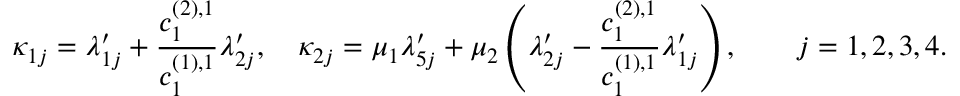
\kappa _ { 1 j } = \lambda _ { 1 j } ^ { \prime } + \frac { c _ { 1 } ^ { ( 2 ) , 1 } } { c _ { 1 } ^ { ( 1 ) , 1 } } \lambda _ { 2 j } ^ { \prime } , \quad \kappa _ { 2 j } = \mu _ { 1 } \lambda _ { 5 j } ^ { \prime } + \mu _ { 2 } \left( \lambda _ { 2 j } ^ { \prime } - \frac { c _ { 1 } ^ { ( 2 ) , 1 } } { c _ { 1 } ^ { ( 1 ) , 1 } } \lambda _ { 1 j } ^ { \prime } \right) , \qquad j = 1 , 2 , 3 , 4 .